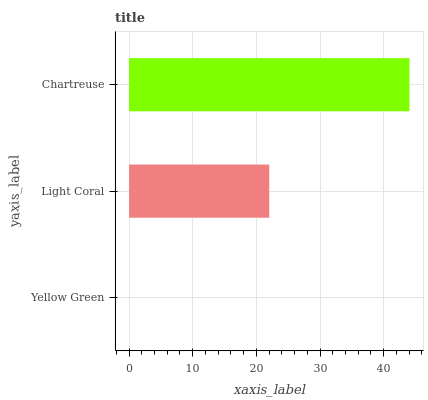
| yaxis_label | bars |
 | --- | --- |
 | Yellow Green | 0 |
 | Light Coral | 22 |
 | Chartreuse | 44 |